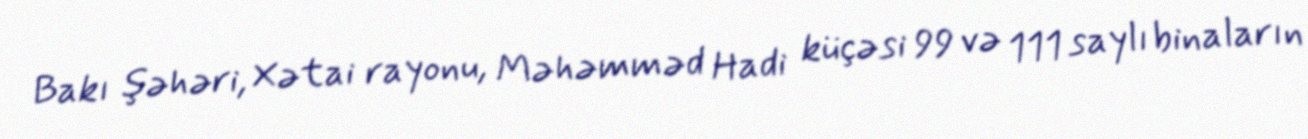
Bakı şəhəri, Xətai rayonu, Məhəmməd Hadi küçəsi 99 və 111 saylı binaların